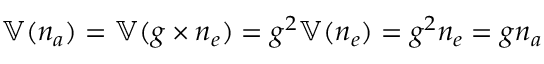
\mathbb { V } ( n _ { a } ) = \mathbb { V } ( g \times n _ { e } ) = g ^ { 2 } \mathbb { V } ( n _ { e } ) = g ^ { 2 } n _ { e } = g n _ { a }